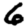
Digit: 6